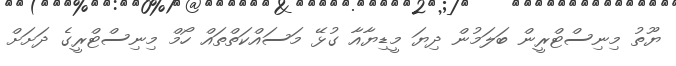
ޔޫތު މިނިސްޓްރީން ބަލަމުން ދިޔަ މީޑިޔާއާ ގުޅޭ މަސައްކަތްތައް ހޯމް މިނިސްޓްރީގެ ދަށަށް